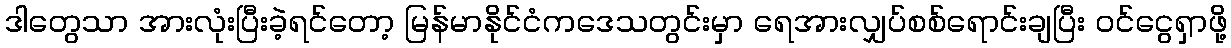
ဒါတွေသာ အားလုံးပြီးခဲ့ရင်တော့ မြန်မာနိုင်ငံကဒေသတွင်းမှာ ရေအားလျှပ်စစ်ရောင်းချပြီး ဝင်ငွေရှာဖို့